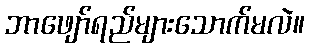
ဘာဖျော်ရည်များသောက်မလဲ။